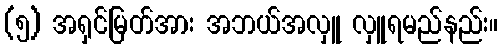
(၅) အရှင်မြတ်အား အဘယ်အလှူ လှူရမည်နည်း။